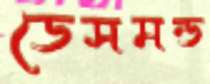
ডেসমন্ড